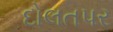
દોલતપર